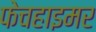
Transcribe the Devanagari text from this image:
फेचहाइमर